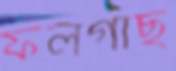
ফলগাছ